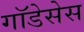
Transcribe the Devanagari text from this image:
गॉडेसेस